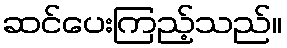
ဆင်ပေးကြည့်သည်။